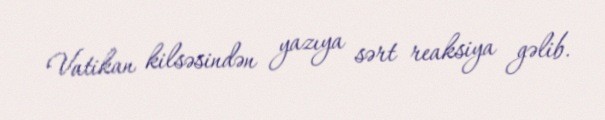
Vatikan kilsəsindən yazıya sərt reaksiya gəlib.